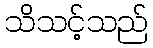
သိသင့်သည်